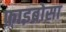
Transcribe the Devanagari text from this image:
फ़ाइब्रोसा